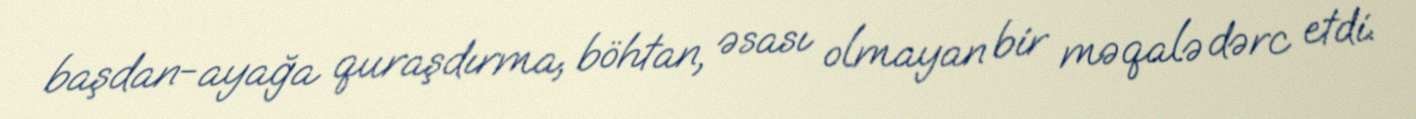
başdan-ayağa quraşdırma, böhtan, əsası olmayan bir məqalə dərc etdi.